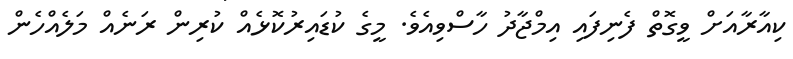
ކިއާރާއަށް ވީގޮތް ފެނިފައި އިމްޖާދު ހާސްވިއެވެ. މީގެ ކުޑައިރުކޮޅެއް ކުރިން ރަނެއް މަލެއްހެން